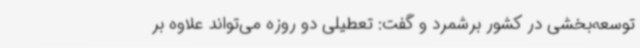
توسعه‌بخشی در کشور برشمرد و گفت: تعطیلی دو روزه می‌تواند علاوه بر